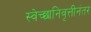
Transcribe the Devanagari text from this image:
स्वेच्छानिवृत्तीनंतर